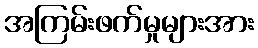
အကြမ်းဖက်မှုများအား